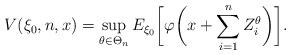
LaTeX: \begin{align*}&V(\xi_0,n,x)=\sup_{\theta\in \Theta_n} E_{\xi_0}\biggl[\varphi\biggl(x+\sum_{i=1}^n Z^\theta_i\biggr)\biggr].\end{align*}